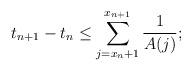
LaTeX: \begin{align*}t_{n+1} - t_n \leq \sum\limits _{j= x_n +1} ^{x _{n+1}}\frac{1}{A(j)};\end{align*}